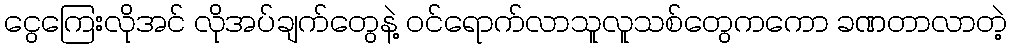
ငွေကြေးလိုအင် လိုအပ်ချက်တွေနဲ့ ဝင်ရောက်လာသူလူသစ်တွေကကော ခဏတာလာတဲ့